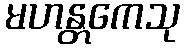
မဟန္တကေသု